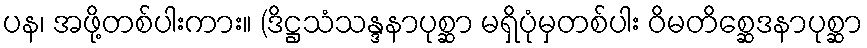
ပန၊ အဖို့တစ်ပါးကား။ (ဒိဋ္ဌသံသန္ဒနာပုစ္ဆာ မရှိပုံမှတစ်ပါး ဝိမတိစ္ဆေဒနာပုစ္ဆာ